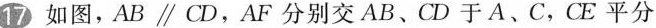
17如图，AB//CD，AF分别交AB、CD于A、C，CE平分